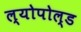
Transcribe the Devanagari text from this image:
ल्योपोल्ड